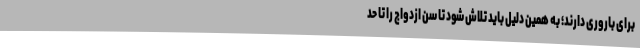
برای باروری دارند؛ به همین دلیل باید تلاش شود تا سن ازدواج را تا حد